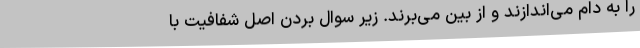
را به دام می‌اندازند و از بین می‌برند. زیر سوال بردن اصل شفافیت با